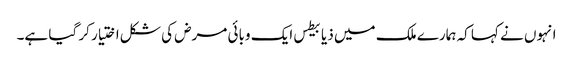
انہوں نے کہا کہ ہمارے ملک میں ذیابیطس ایک وبائی مرض کی شکل اختیار کر گیا ہے۔